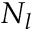
N _ { l }